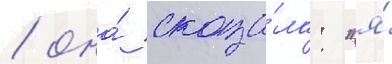
/ она́ сказа́ла: "я́